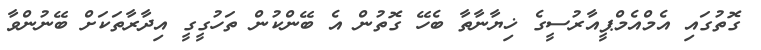
ގޮތުގައި އެމްއެމްޕީއާރުސީގެ ޚިޔާނާތާ ބެހޭ ގޮތުން އެ ބޭންކުން ތަހުގީގީ އިދާރާތަކަށް ބޭނުންވާ